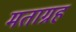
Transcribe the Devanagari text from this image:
मताग्रह